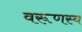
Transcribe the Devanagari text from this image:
वरूणस्य